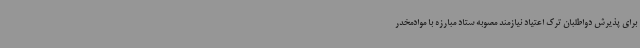
برای پذیرش دواطلبان ترک اعتیاد نیازمند مصوبه ستاد مبارزه با موادمخدر